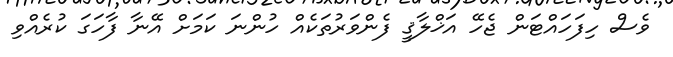
ވެސް ހިފަހައްޓަން ޖެހޭ އަޚްލާޤީ ފެންވަރުތަކެއް ހުންނަ ކަމަށް އޭނާ ފާހަގަ ކުރެއްވި